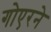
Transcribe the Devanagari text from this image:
गोएरने